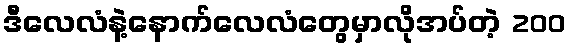
ဒီလေလံနဲ့နောက်လေလံတွေမှာလိုအပ်တဲ့ 200